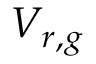
V _ { r , g }